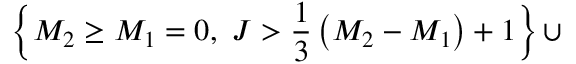
\left\{ M _ { 2 } \ge M _ { 1 } = 0 , ~ J > { \frac { 1 } { 3 } } \left( M _ { 2 } - M _ { 1 } \right) + 1 \right\} \cup